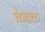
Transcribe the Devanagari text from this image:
केवक